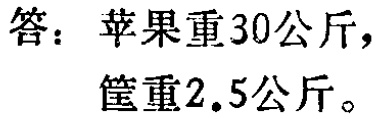
答：苹果重30公斤，

筐重2.5公斤。